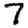
Digit: 7